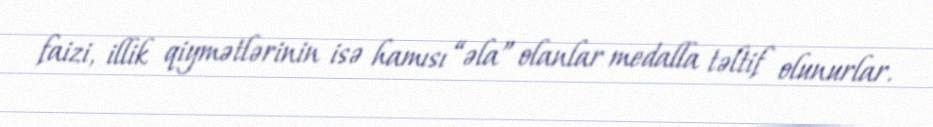
faizi, illik qiymətlərinin isə hamısı “əla” olanlar medalla təltif olunurlar.